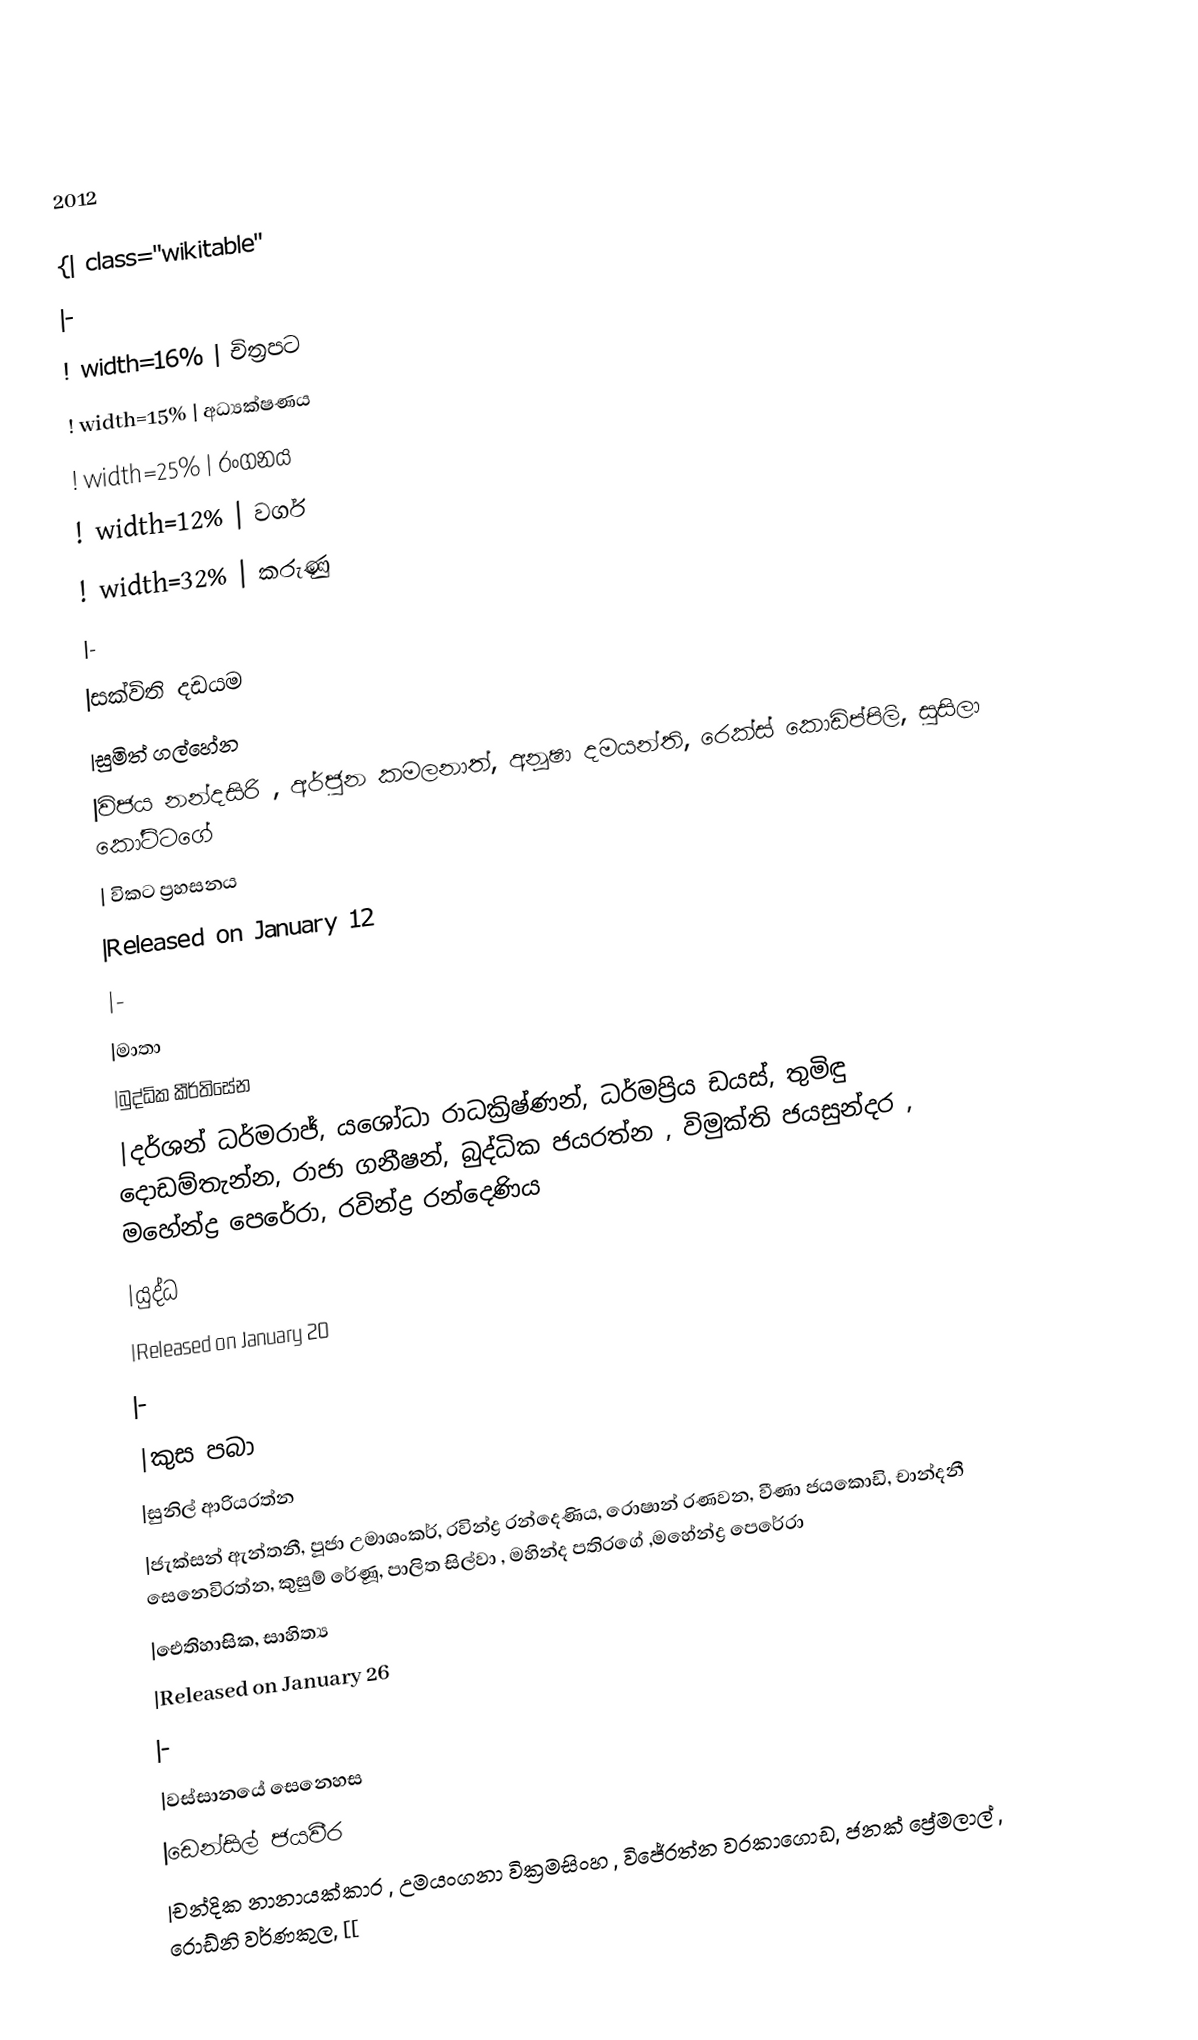

2012

{| class="wikitable"
|-
! width=16% | චිත්‍රපට
! width=15% | අධ්‍යක්ෂණය
! width=25% | රංගනය
! width=12% | වර්ග
! width=32% | කරුණු
|-
|සක්විති දඩයම
|සුමිත් ගල්හේන
|විජය නන්දසිරි , අර්ජුන කමලනාත්, අනූෂා දමයන්ති, රෙක්ස් කොඩිප්පිලි, සුසිලා කෝට්ටගේ
| විකට ප්‍රහසනය
|Released on January 12
|-
|මාතා
|බුද්ධික කීර්තිසේන
|දර්ශන් ධර්මරාජ්, යශෝධා රාධක්‍රිෂ්ණන්, ධර්මප්‍රිය ඩයස්, තුමිඳු දොඩම්තැන්න, රාජා ගනීෂන්, බුද්ධික ජයරත්න , විමුක්ති ජයසුන්දර , මහේන්ද්‍ර පෙරේරා, රවින්ද්‍ර රන්දෙණිය
|යුද්ධ
|Released on January 20
|-
|කුස පබා
|සුනිල් ආරියරත්න
|ජැක්සන් ඇන්තනී, පූජා උමාශංකර්, රවින්ද්‍ර රන්දෙණිය, රොෂාන් රණවන, වීණා ජයකොඩි, චාන්දනී සෙනෙවිරත්න, කුසුම් රේණූ, පාලිත සිල්වා , මහින්ද පතිරගේ ,මහේන්ද්‍ර පෙරේරා
|ඓතිහාසික, සාහිත්‍ය
|Released on January 26
|-
|වස්සානයේ සෙනෙහස
|ඩෙන්සිල් ජයවීර
|චන්දික නානායක්කාර , උමයංගනා වික්‍රමසිංහ , විජේරත්න වරකාගොඩ, ජනක් ප්‍රේමලාල් , රොඩ්නි වර්ණකුල, [[